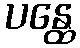
ပန္ထေ